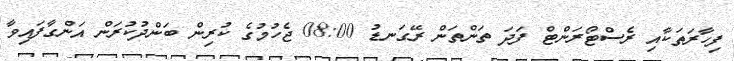
ފިހާރަތަކާއި ރެސްޓޯރަންޓް ފަދަ ތަންތަން ރޭގަނޑު 08:00 ޖެހުމުގެ ކުރިން ބަންދުކުރަން އަންގާފައިވާ